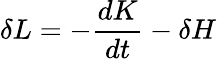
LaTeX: \delta L=-\frac{dK}{dt}-\delta H